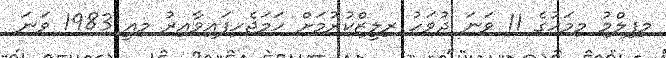
މިފިލްމު މިމަހުގެ 11 ވަނަ ދުވަހު ރިލީޒްކުރުމަށް ހަމަޖެހިފައިވާއިރު މިއީ 1983 ވަނަ